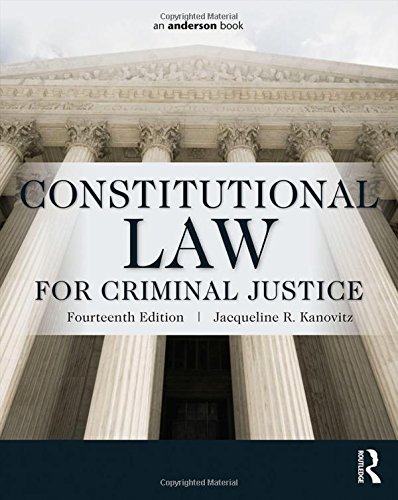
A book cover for Constitutional Law for Criminal Justice; Jacqueline R. Kanovitz; Law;